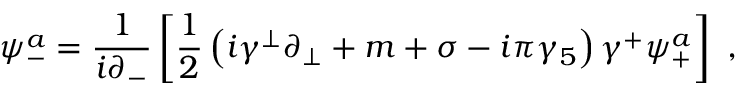
\psi _ { - } ^ { a } = \frac { 1 } { i \partial _ { - } } \left[ { \frac { 1 } { 2 } } \left( i \gamma ^ { \perp } \partial _ { \perp } + m + \sigma - i \pi \gamma _ { 5 } \right) \gamma ^ { + } \psi _ { + } ^ { a } \right] ~ ,